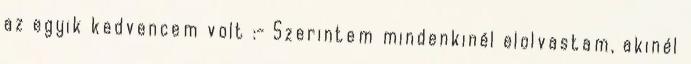
az egyik kedvencem volt :- Szerintem mindenkinél elolvastam, akinél